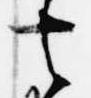
去